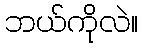
ဘယ်ကိုလဲ။